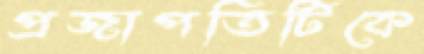
প্রজাপতিটিকে